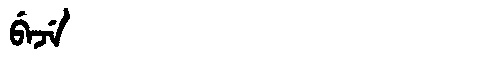
Manchu: ᠪᡝᠵᡝ
Romanization: BEJE